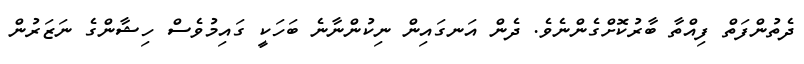
ދެތުންފަތް ފިއްތާ ބާރުކޮށްގެންނެވެ. ދެން އަނގައިން ނިކުންނާނެ ބަހަކީ ގައިމުވެސް ހިޝާންގެ ނަޒަރުން